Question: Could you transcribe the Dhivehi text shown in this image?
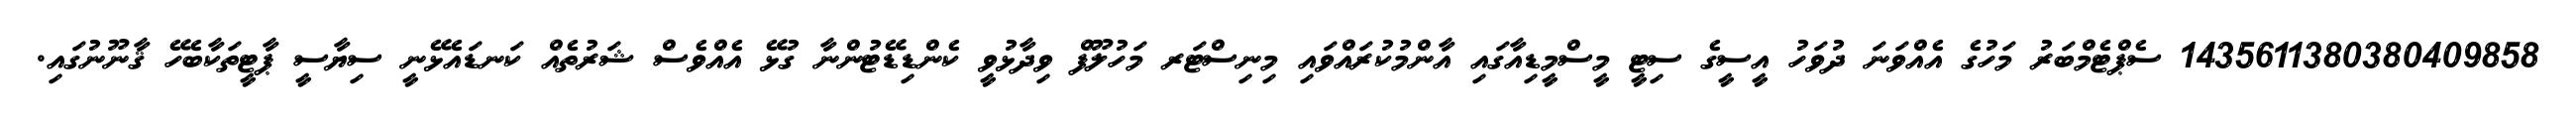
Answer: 1435611380380409858 ސެޕްޓެމްބަރު މަހުގެ އެއްވަނަ ދުވަހު އީސީގެ ސިޓީ މީސްމީޑިއާގައި އާންމުކުރައްވައި މިނިސްޓަރ މަހުލޫފް ވިދާޅުވީ ކެންޑިޑޭޓުންނާ ގުޅޭ އެއްވެސް ޝަރުތެއް ކަނޑައެޅޭނީ ސިޔާސީ ޕާޓީތަކާބެހޭ ޤާނޫނުގައި.